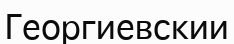
Георгиевскии